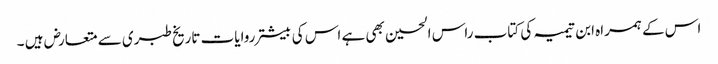
اس کے ہمراہ ابن تیمیہ کی کتاب راس الحسین بھی ہے اس کی بیشتر روایات تاریخ طبری سے متعارض ہیں ۔